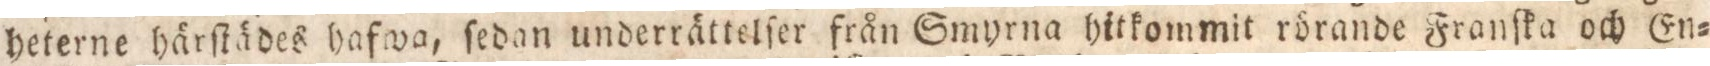
heterne härſtädes hafwa, ſedan underrättelſer från Smyrna hitkommit rörande Franſka och En=